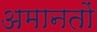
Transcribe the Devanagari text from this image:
अमानतों